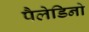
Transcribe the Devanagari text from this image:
पैलेडिनो